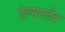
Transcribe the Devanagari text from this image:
हेल्मस्लेव